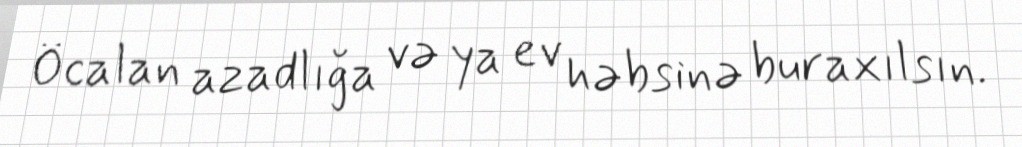
Öcalan azadlığa və ya ev həbsinə buraxılsın.